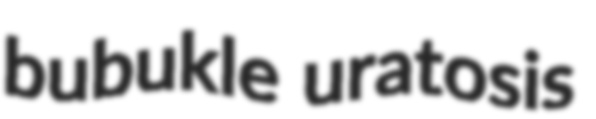
bubukle uratosis